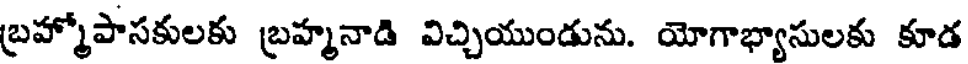
బ్రహ్మోపాసకులకు బ్రహ్మనాడి విచ్చియుండును. యోగాభ్యాసులకు కూడ